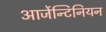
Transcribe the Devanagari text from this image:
आर्जेन्टिनियन